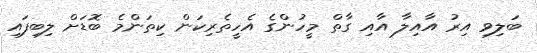
ބަލިވި އިރު އާއިލާ އާއި ގާތް މީހުންގެ އެހީތެރިކަން ކިތަންމެ ބޮޑަށް ލިބިފައި